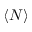
\langle N \rangle